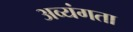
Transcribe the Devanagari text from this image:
अव्यंगता